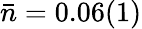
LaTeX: \bar{n}=0.06(1)